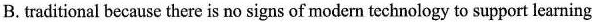
B.traditional because there is no signs of modern technology to support learning